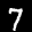
Label: 7